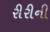
રીરીની